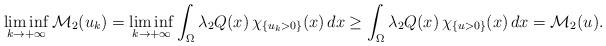
LaTeX: \begin{align*}\liminf_{k\to+\infty}{\mathcal{M}}_2(u_k)=\liminf_{k\to+\infty}\int_\Omega\lambda_2 Q(x)\,\chi_{\{ u_k>0 \}}(x)\,dx\ge\int_\Omega\lambda_2 Q(x)\,\chi_{\{ u>0 \}}(x)\,dx = {\mathcal{M}}_2(u).\end{align*}